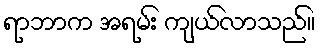
ရာဘာက အရမ်း ကျယ်လာသည်။